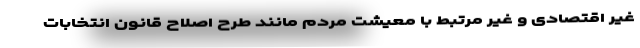
غیر اقتصادی و غیر مرتبط با معیشت مردم مانند طرح اصلاح قانون انتخابات